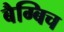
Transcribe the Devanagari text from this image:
बैग्बिच